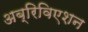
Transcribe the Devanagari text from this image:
अब्रिविएशन